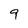
Character: 9